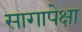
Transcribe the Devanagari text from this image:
सागापेक्षा